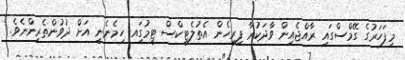
މިފަހަރުގެ ގޭމްސްގައި ރާއްޖެއިން ވާދަކުރާ ފިރިހެން އެތުލެޓިކްސް ޓީމުގަިއ ހިމެނެނީ އަށް ދުވުންތެރިންނެވެ.